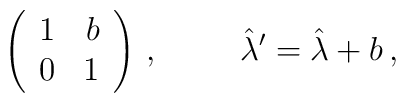
\left(\begin{array}{rr}1 & b \\0 & 1 \\\end{array}\right)\, ,  \hspace{1cm}\hat{\lambda}^{\prime} = \hat{\lambda} +b\, ,